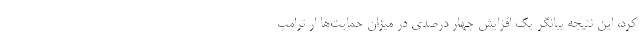
کرد، این نتیجه بیانگر یک افزایش چهار درصدی در میزان حمایت‌ها ار ترامپ